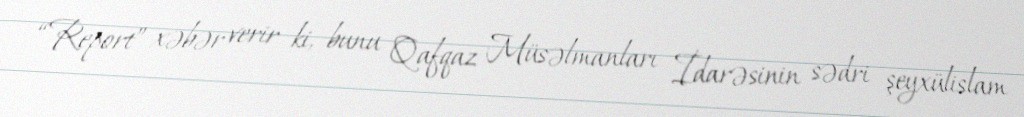
“Report” xəbər verir ki, bunu Qafqaz Müsəlmanları İdarəsinin sədri şeyxülislam